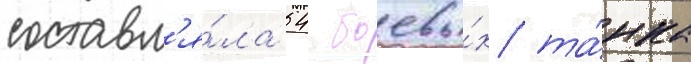
составл'я́ла 54 боевы́х та́нка